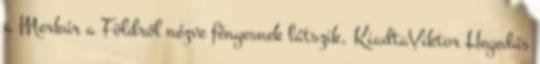
a Merkúr a Földről nézve fényesnek látszik, KiadtaViktor Hegedűs